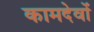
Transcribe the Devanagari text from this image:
कामदेवों